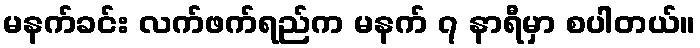
မနက်ခင်း လက်ဖက်ရည်က မနက် ၇ နာရီမှာ စပါတယ်။